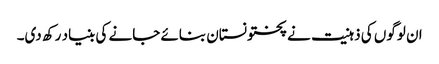
ان لوگوں کی ذہنیت نے پختونستان بنائے جانے کی بنیاد رکھ دی۔